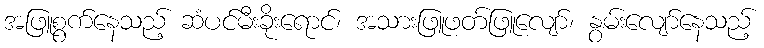
အဖြူစွက်နေသည့် ဆံပင်မီးခိုးရောင်၊ အသားဖြူဖတ်ဖြူလျော်၊ နွမ်းလျော်နေသည့်